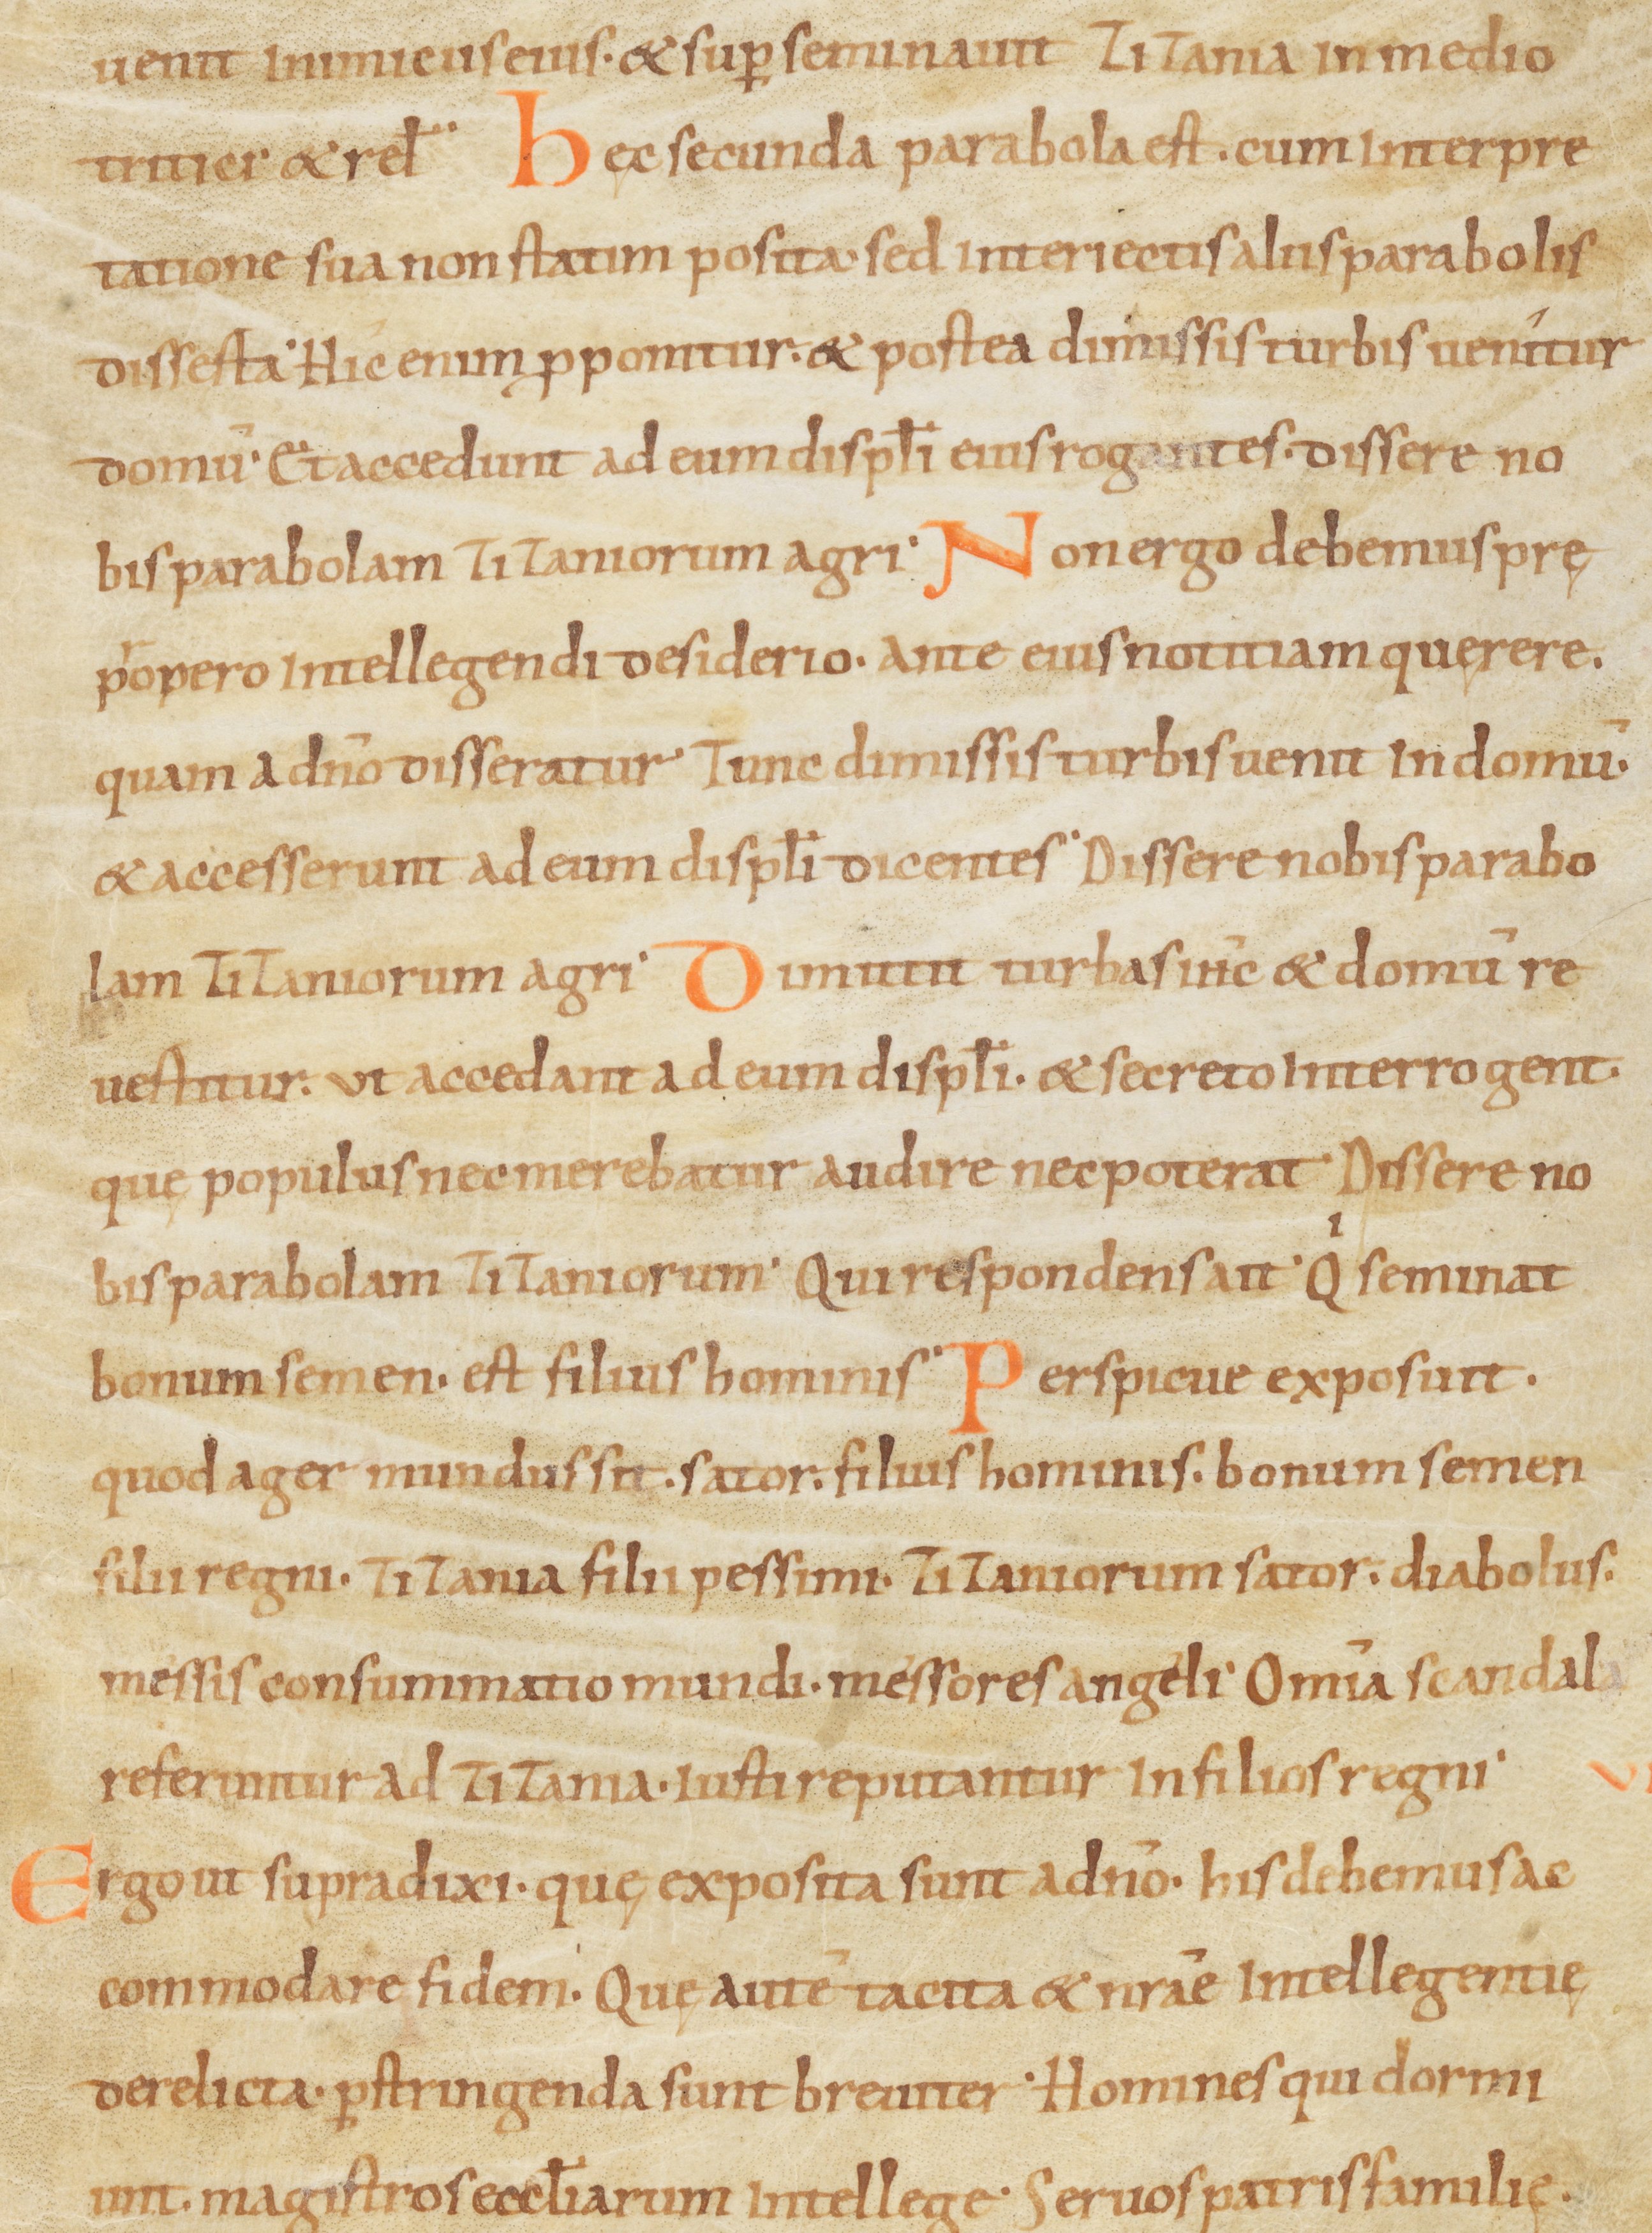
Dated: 900–999